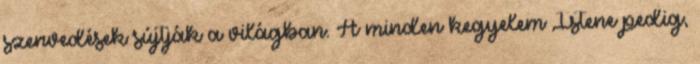
szenvedések sújtják a világban. A minden kegyelem Istene pedig,